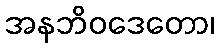
အနဘိဝဒေတော၊